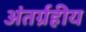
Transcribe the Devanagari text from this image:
अंतर्ग्रहीय